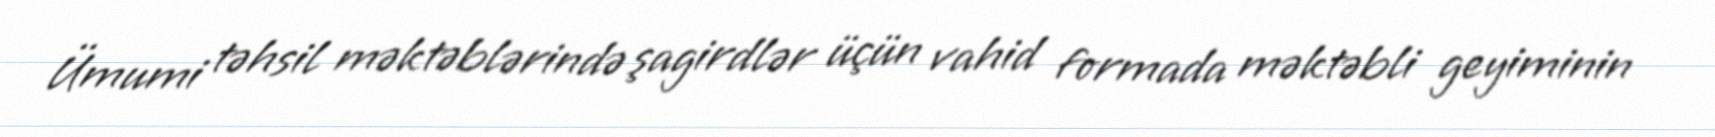
Ümumi təhsil məktəblərində şagirdlər üçün vahid formada məktəbli geyiminin